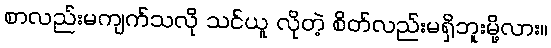
စာလည်းမကျက်သလို သင်ယူ လိုတဲ့ စိတ်လည်းမရှိဘူးမို့လား။